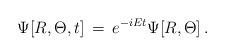
LaTeX: \begin{align*}\Psi [R, \Theta ,t]\, =\, e^{-iEt} \Psi [R, \Theta ]\, .\end{align*}